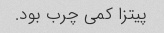
پیتزا کمی چرب بود.